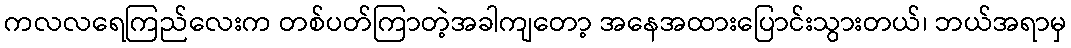
ကလလရေကြည်လေးက တစ်ပတ်ကြာတဲ့အခါကျတော့ အနေအထားပြောင်းသွားတယ်၊ ဘယ်အရာမှ